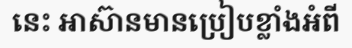
នេះ អាស៊ានមានប្រៀបខ្លាំងអំពី